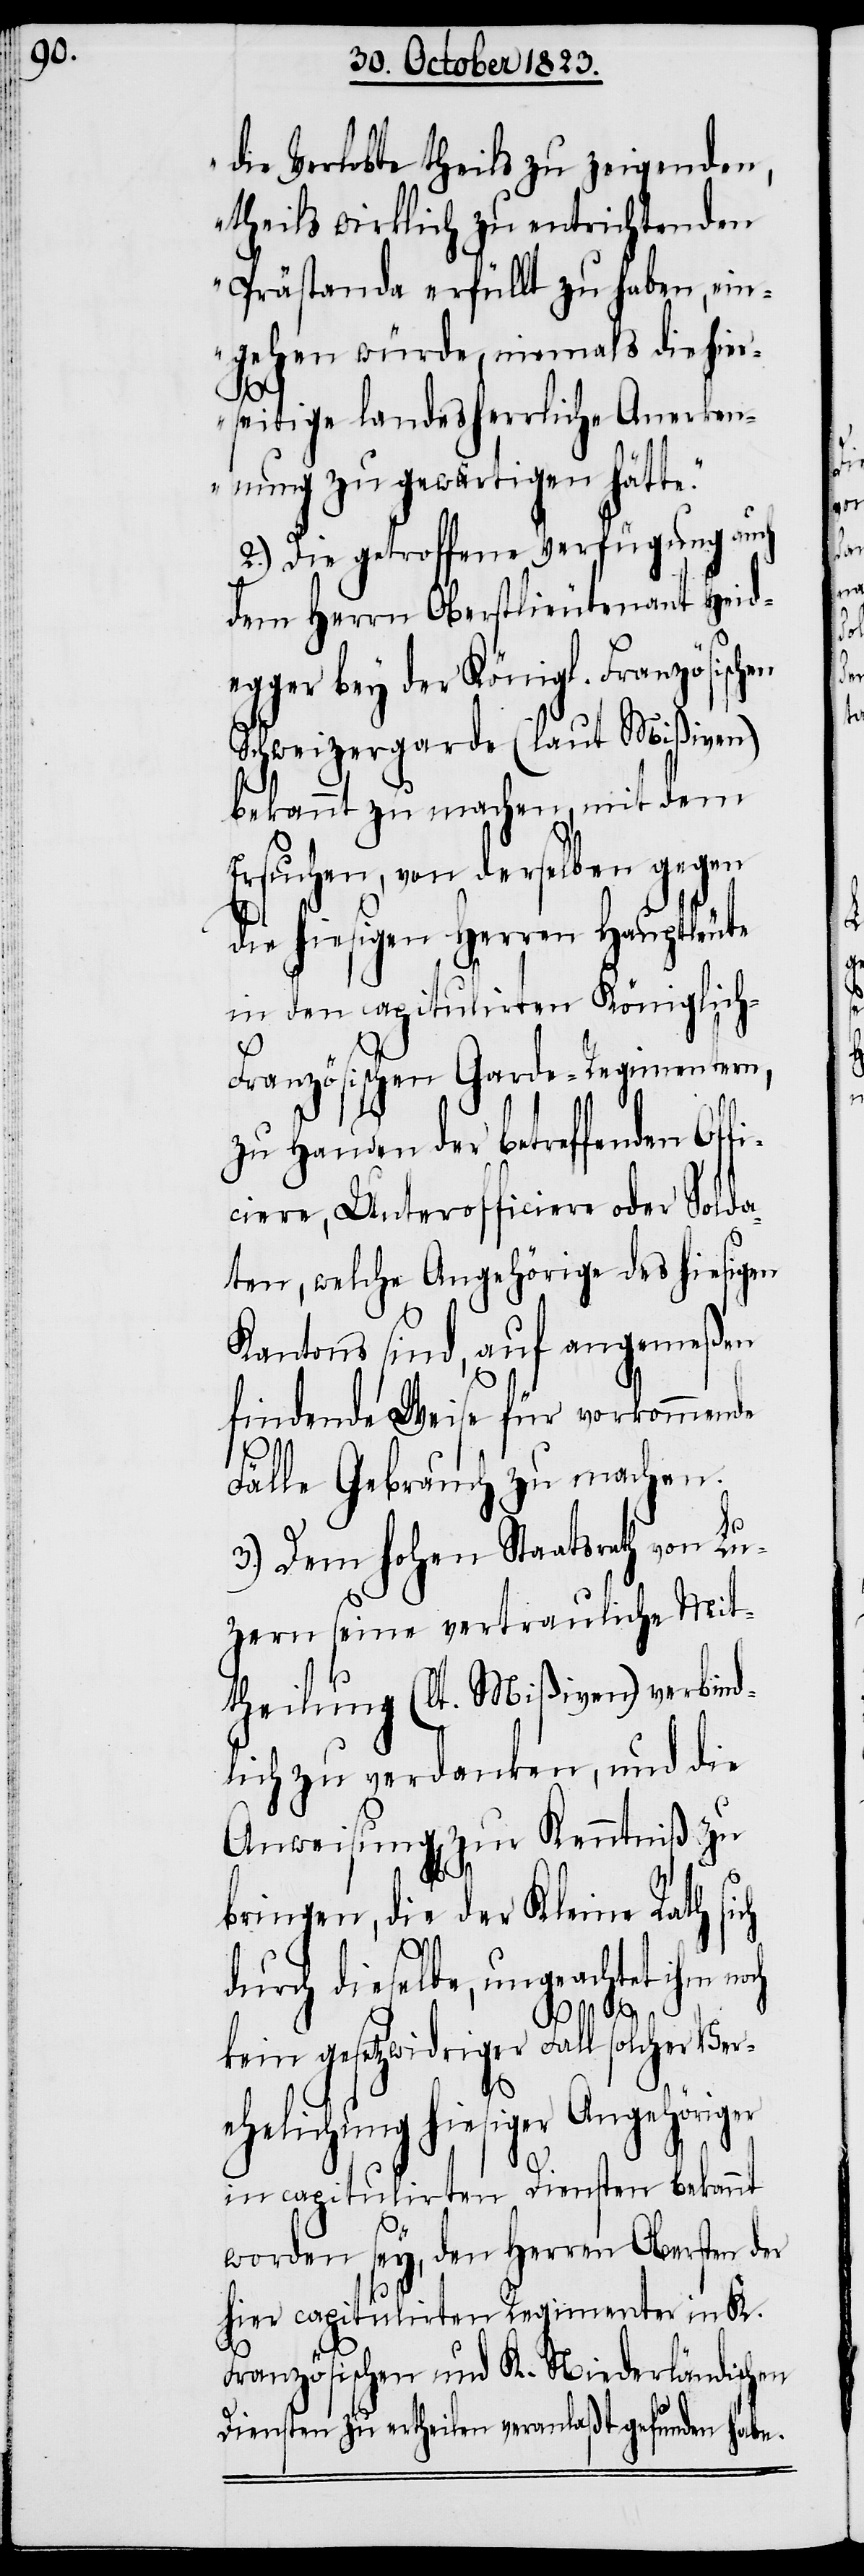
en

die Verlobte theils zu zeigenden,
theils wirklich zu entrichtenden
Prästanda erfüllt zu haben, ein¬
gehen würde, niemals die hier¬
seitige landesherrliche Anerken¬
nung zu gewärtigen hätte.“
2.) Die getroffene Verfügung auch
dem Herrn Oberstlieutenant Heide¬
gger bey der Königl. Französisch¬
Schweizergarde (laut Mißiven)
bekannt zu machen, mit dem
Ersuchen, von derselben gegen
die hiesigen Herren Hauptleute
in den capitulirten Königlich-F¬
ranzösischen Garde-Regimentern,
zu Handen der betreffenden Off¬
iciere, Unterofficiere oder Solda¬
ten, welche Angehörige des hiesigen
Kantons sind, auf angemeßen
findende Weise für vorkommende
Fälle Gebrauch zu machen.
3.) Dem hohen Staatsrath von Lu¬
zern seine vertrauliche Mit¬
theilung (lt. Mißiven) verbind¬
lich zu verdanken, und die
Anweisung[en] zur Kenntniß zu
bringen, die der Kleine Rath sich
durch dieselbe, ungeachtet ihm
kein gesetzwidriger Fall solcher Ver¬
ehelichung hiesiger Angehöriger
in capitulirten Diensten bekannt
worden sey, den Herren Obersten der
hier capitulirten Regimenter in K.
Französischen und K. Niederländischen
Diensten zu ertheilen veranlaßt gefunden habe.